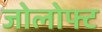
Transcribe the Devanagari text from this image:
जोलोफ्ट